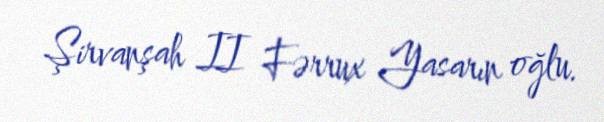
Şirvanşah II Fərrux Yasarın oğlu.